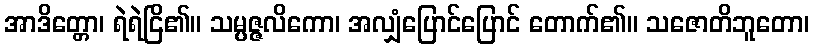
အာဒိတ္တော၊ ရဲရဲငြိ၏။ သမ္ပဇ္ဇလိကော၊ အလျှံပြောင်ပြောင် တောက်၏။ သဇောတိဘူတော၊